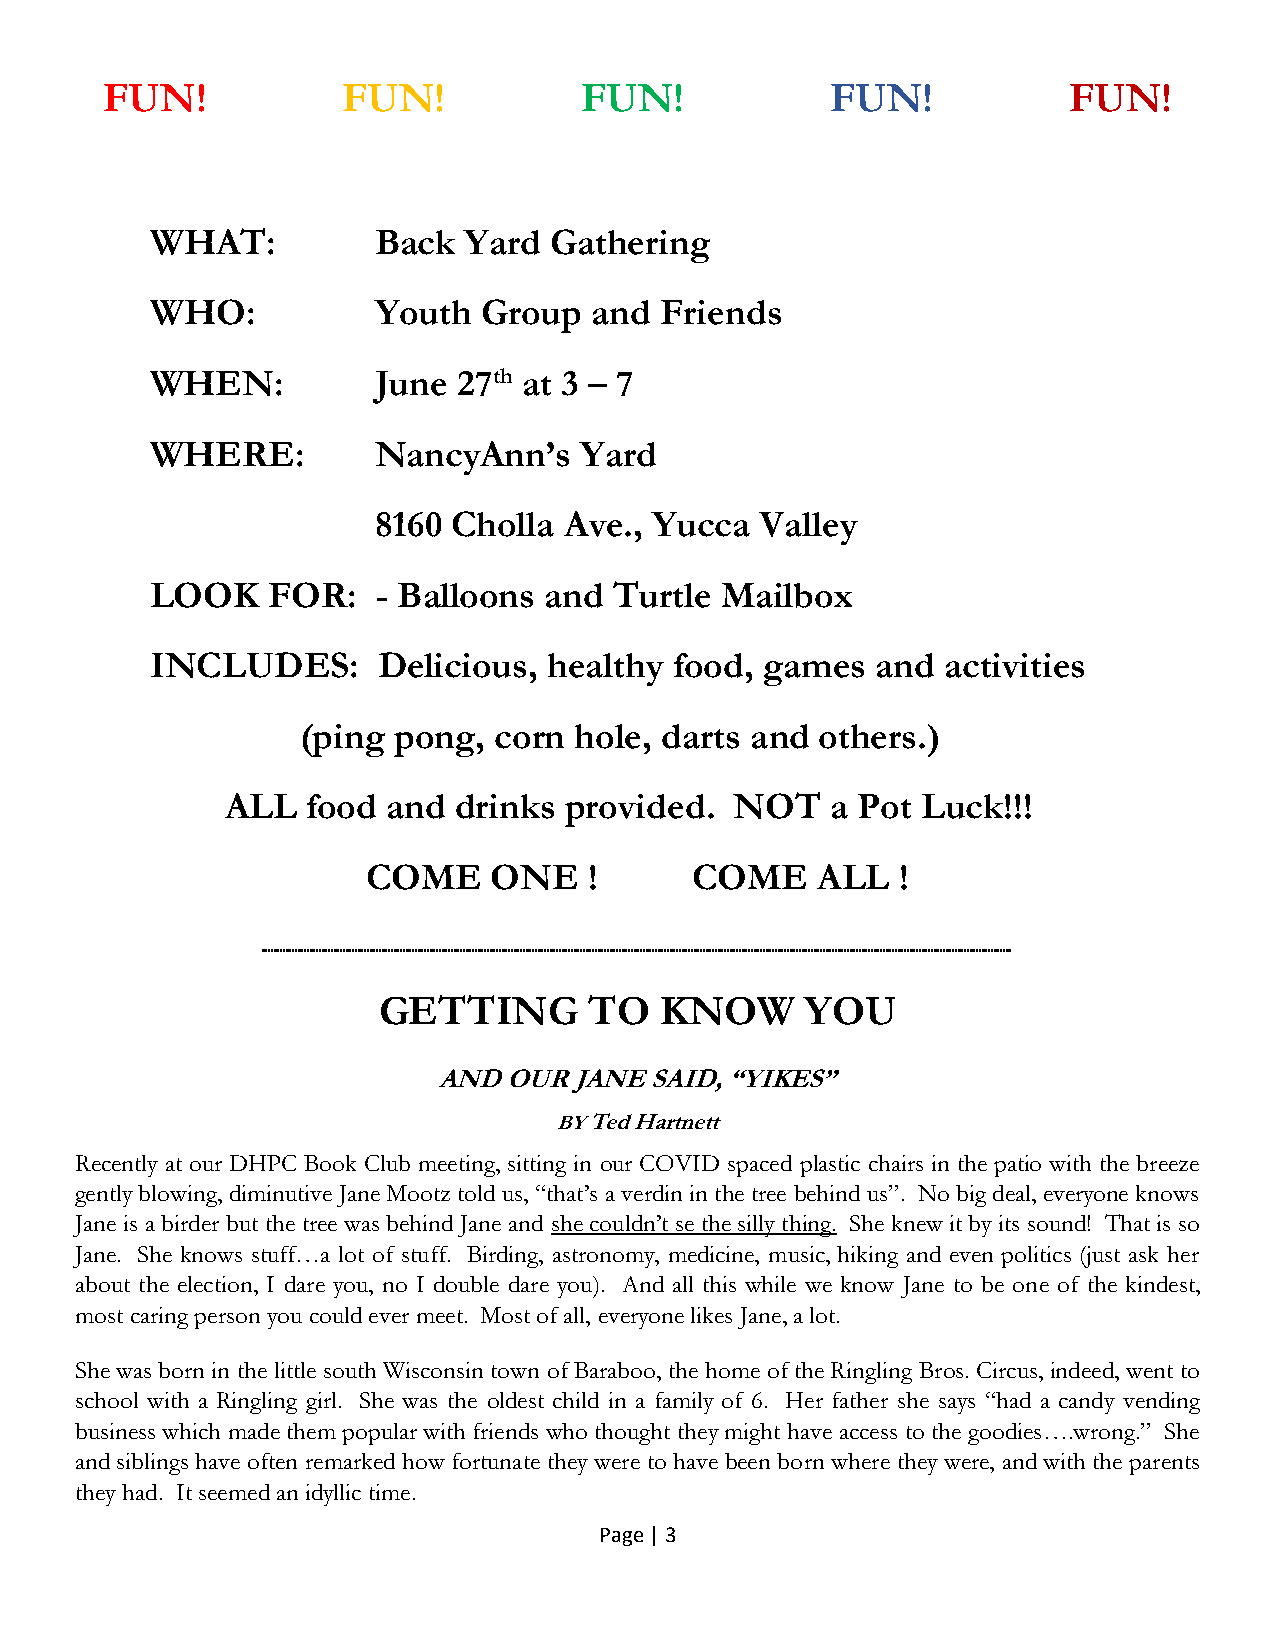
FUN!            FUN!           FUN!             FUN!            FUN!
 WHAT:          Back  Yard Gathering
 WHO:           Youth  Group  and  Friends
 WHEN:          June 27th at 3 – 7
 WHERE:         NancyAnn’s   Yard
 8160 Cholla Ave., Yucca  Valley
 LOOK    FOR:   - Balloons and  Turtle Mailbox
 INCLUDES:      Delicious, healthy  food, games  and  activities
 (ping pong,  corn hole, darts and others.)
 ALL  food  and drinks provided.   NOT   a Pot Luck!!!
 COME     ONE   !      COME    ALL   !
 GETTING       TO   KNOW     YOU
 AND OUR  JANE SAID, “YIKES”
 BY Ted Hartnett
 Recently at our DHPC Book Club meeting, sitting in our COVID spaced plastic chairs in the patio with the breeze
 gently blowing, diminutive Jane Mootz told us, “that’s a verdin in the tree behind us”. No big deal, everyone knows
 Jane is a birder but the tree was behind Jane and she couldn’t se the silly thing. She knew it by its sound! That is so
 Jane. She knows stuff…a lot of stuff. Birding, astronomy, medicine, music, hiking and even politics (just ask her
 about the election, I dare you, no I double dare you). And all this while we know Jane to be one of the kindest,
 most caring person you could ever meet. Most of all, everyone likes Jane, a lot.
 She was born in the little south Wisconsin town of Baraboo, the home of the Ringling Bros. Circus, indeed, went to
 school with a Ringling girl. She was the oldest child in a family of 6. Her father she says “had a candy vending
 business which made them popular with friends who thought they might have access to the goodies….wrong.” She
 and siblings have often remarked how fortunate they were to have been born where they were, and with the parents
 they had. It seemed an idyllic time.
 Page | 3